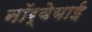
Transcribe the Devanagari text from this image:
नॉर्वेयाई